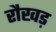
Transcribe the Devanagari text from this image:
रौखड़